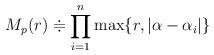
LaTeX: \begin{align*}M_p(r)\doteqdot\prod_{i=1}^n\max\{r,|\alpha-\alpha_i|\}\end{align*}